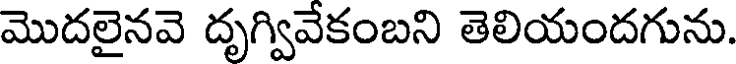
మొదలైనవె దృగ్వివేకంబని తెలియందగును.